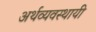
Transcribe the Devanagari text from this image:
अर्थव्यवस्थायी